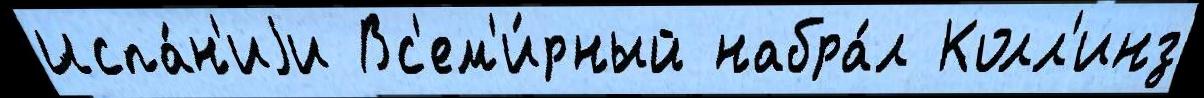
Испа́н'иjи Вс'ем'и́рный набра́л Колл'инз